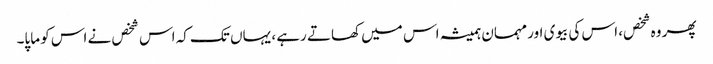
پھر وہ شخص، اس کی بیوی اور مہمان ہمیشہ اس میں کھاتے رہے ، یہاں تک کہ اس شخص نے اس کو ماپا۔